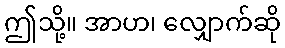
ဤသို့။ အာဟ၊ လျှောက်ဆို